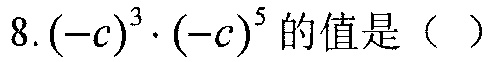
8. $(-c)^{3}\cdot (-c)^{5}$的值是（  ）